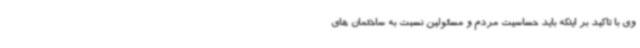
وی با تاکید بر اینکه باید حساسیت مردم و مسئولین نسبت به ساختمان های